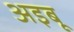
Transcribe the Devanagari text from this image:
अइबू